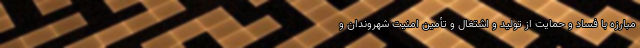
مبارزه با فساد و حمایت از تولید و اشتغال و تأمین امنیت شهروندان و